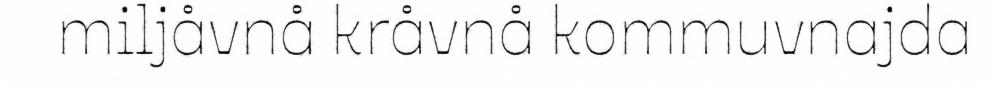
miljåvnå kråvnå kommuvnajda